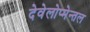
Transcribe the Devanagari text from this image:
देवेलोप्मेन्तल